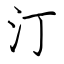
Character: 汀